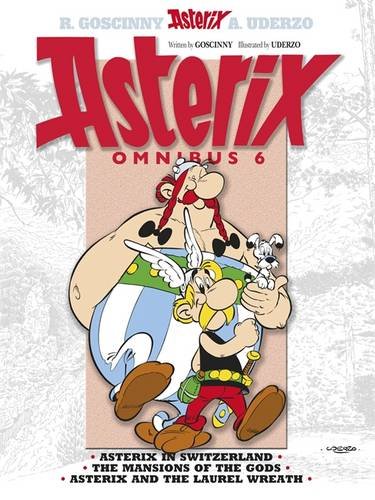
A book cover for Asterix Omnibus 6: Includes Asterix in Switzerland #16, The Mansions of the Gods #17, and Asterix and the Laurel Wreath #18; Rene Goscinny; Comics & Graphic Novels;